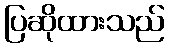
ပြဆိုထားသည်